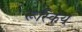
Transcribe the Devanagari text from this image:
रूस्किय्